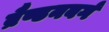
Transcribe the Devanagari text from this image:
ब्रैण्डनबर्ग